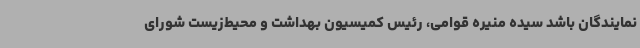
نمایندگان باشد سیده منیره قوامی، رئیس کمیسیون بهداشت و محیط‌زیست شورای